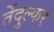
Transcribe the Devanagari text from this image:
तेंदुल्कर